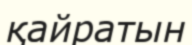
қайратын